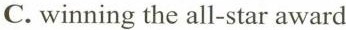
C. winning the all-star award